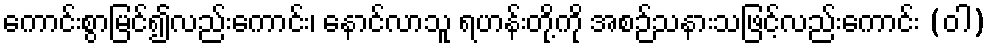
ကောင်းစွာမြင်၍လည်းကောင်း၊ နောင်လာသူ ရဟန်းတို့ကို အစဉ်သနားသဖြင့်လည်းကောင်း (ဝါ)